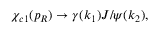
\chi _ { c 1 } ( p _ { R } ) \to \gamma ( k _ { 1 } ) J / \psi ( k _ { 2 } ) ,